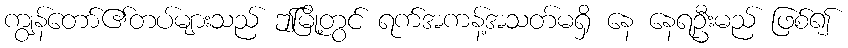
ကျွန်တော်၏တပ်များသည် ဤမြို့တွင် ရက်အကန့်အသတ်မရှိ နေ နေရဦးမည် ဖြစ်၍